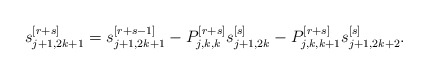
\begin{align*}s_{j+1,2k+1}^{[r+s]} = s_{j+1,2k+1}^{[r+s-1]} - P_{j,k,k}^{[r+s]} s_{j+1,2k}^{[s]} - P_{j,k,k+1}^{[r+s]} s_{j+1,2k+2}^{[s]}.\end{align*}